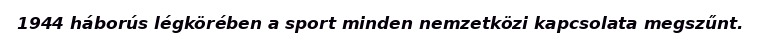
1944 háborús légkörében a sport minden nemzetközi kapcsolata megszűnt.